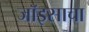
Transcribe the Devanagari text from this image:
जॉइसाचा